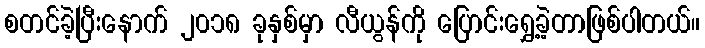
စတင်ခဲ့ပြီးနောက် ၂၀၁၈ ခုနှစ်မှာ လီယွန်ကို ပြောင်းရွှေ့ခဲ့တာဖြစ်ပါတယ်။